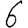
Digit: 6